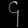
Digit: ၄